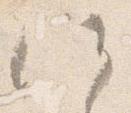
候